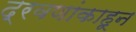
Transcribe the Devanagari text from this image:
द्रवणांकाहून